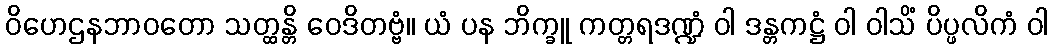
ဝိဟေဌနဘာဝတော သတ္ထန္တိ ဝေဒိတဗ္ဗံ။ ယံ ပန ဘိက္ခူ ကတ္တရဒဏ္ဍံ ဝါ ဒန္တကဋ္ဌံ ဝါ ဝါသိံ ပိပ္ဖလိကံ ဝါ